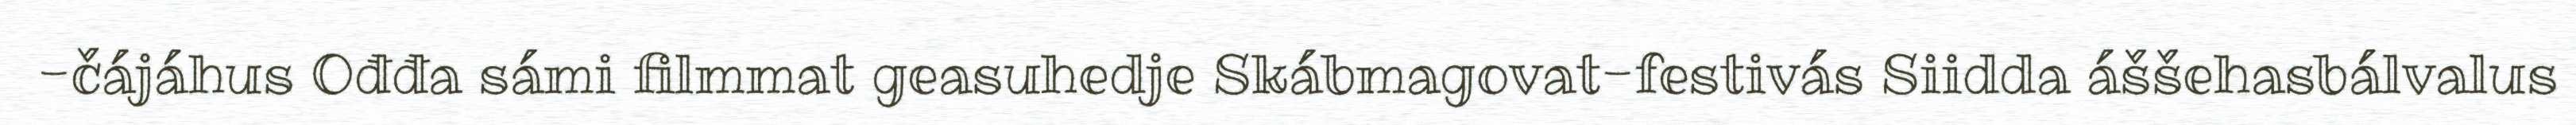
-čájáhus Ođđa sámi filmmat geasuhedje Skábmagovat-festivás Siidda áššehasbálvalus